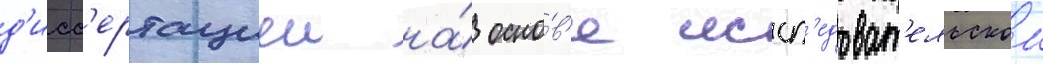
д'исс'ертациеи на́ осно́в'е иссл'едоват'ельскои